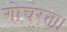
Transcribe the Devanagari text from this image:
गोचरता।